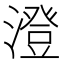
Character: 澄